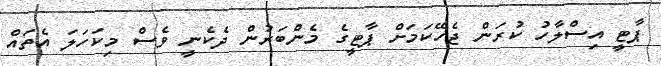
ޕާޓީ އިސްލާހު ކުރަން ޖެހޭކަމަށް ޕާޓީގެ މެންބަރުން ދެކެނީ ވެސް މިކަހަލަ އެތައް